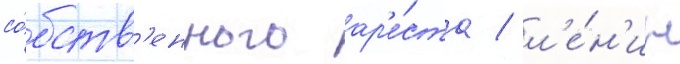
со́бств'енного ар'е́ста / л'е́н'ин